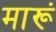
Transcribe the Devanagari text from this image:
मारूं